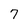
Character: 7